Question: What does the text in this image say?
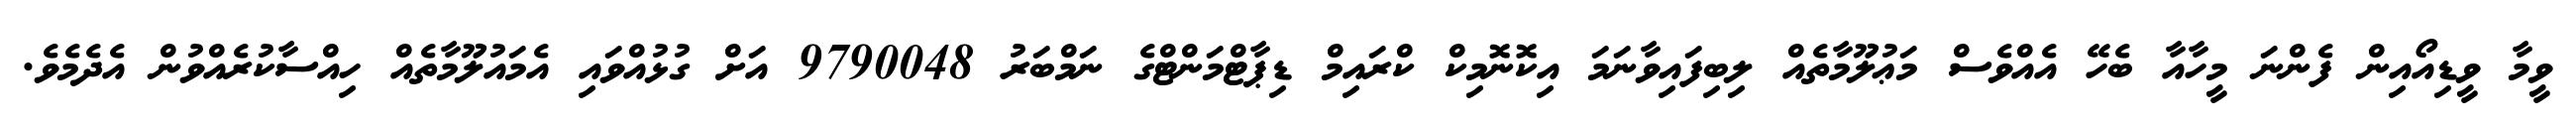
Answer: ވީމާ ވީޑިއޯއިން ފެންނަ މީހާއާ ބެހޭ އެއްވެސް މަޢުލޫމާތެއް ލިބިފައިވާނަމަ އިކޮނޮމިކް ކްރައިމް ޑިޕާޓްމަންޓްގެ ނަމްބަރު 9790048 އަށް ގުޅުއްވައި އެމައުލޫމާތެއް ހިއްސާކުރެއްވުން އެދެމެވެ.